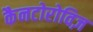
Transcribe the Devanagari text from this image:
कैनटोरोविज़